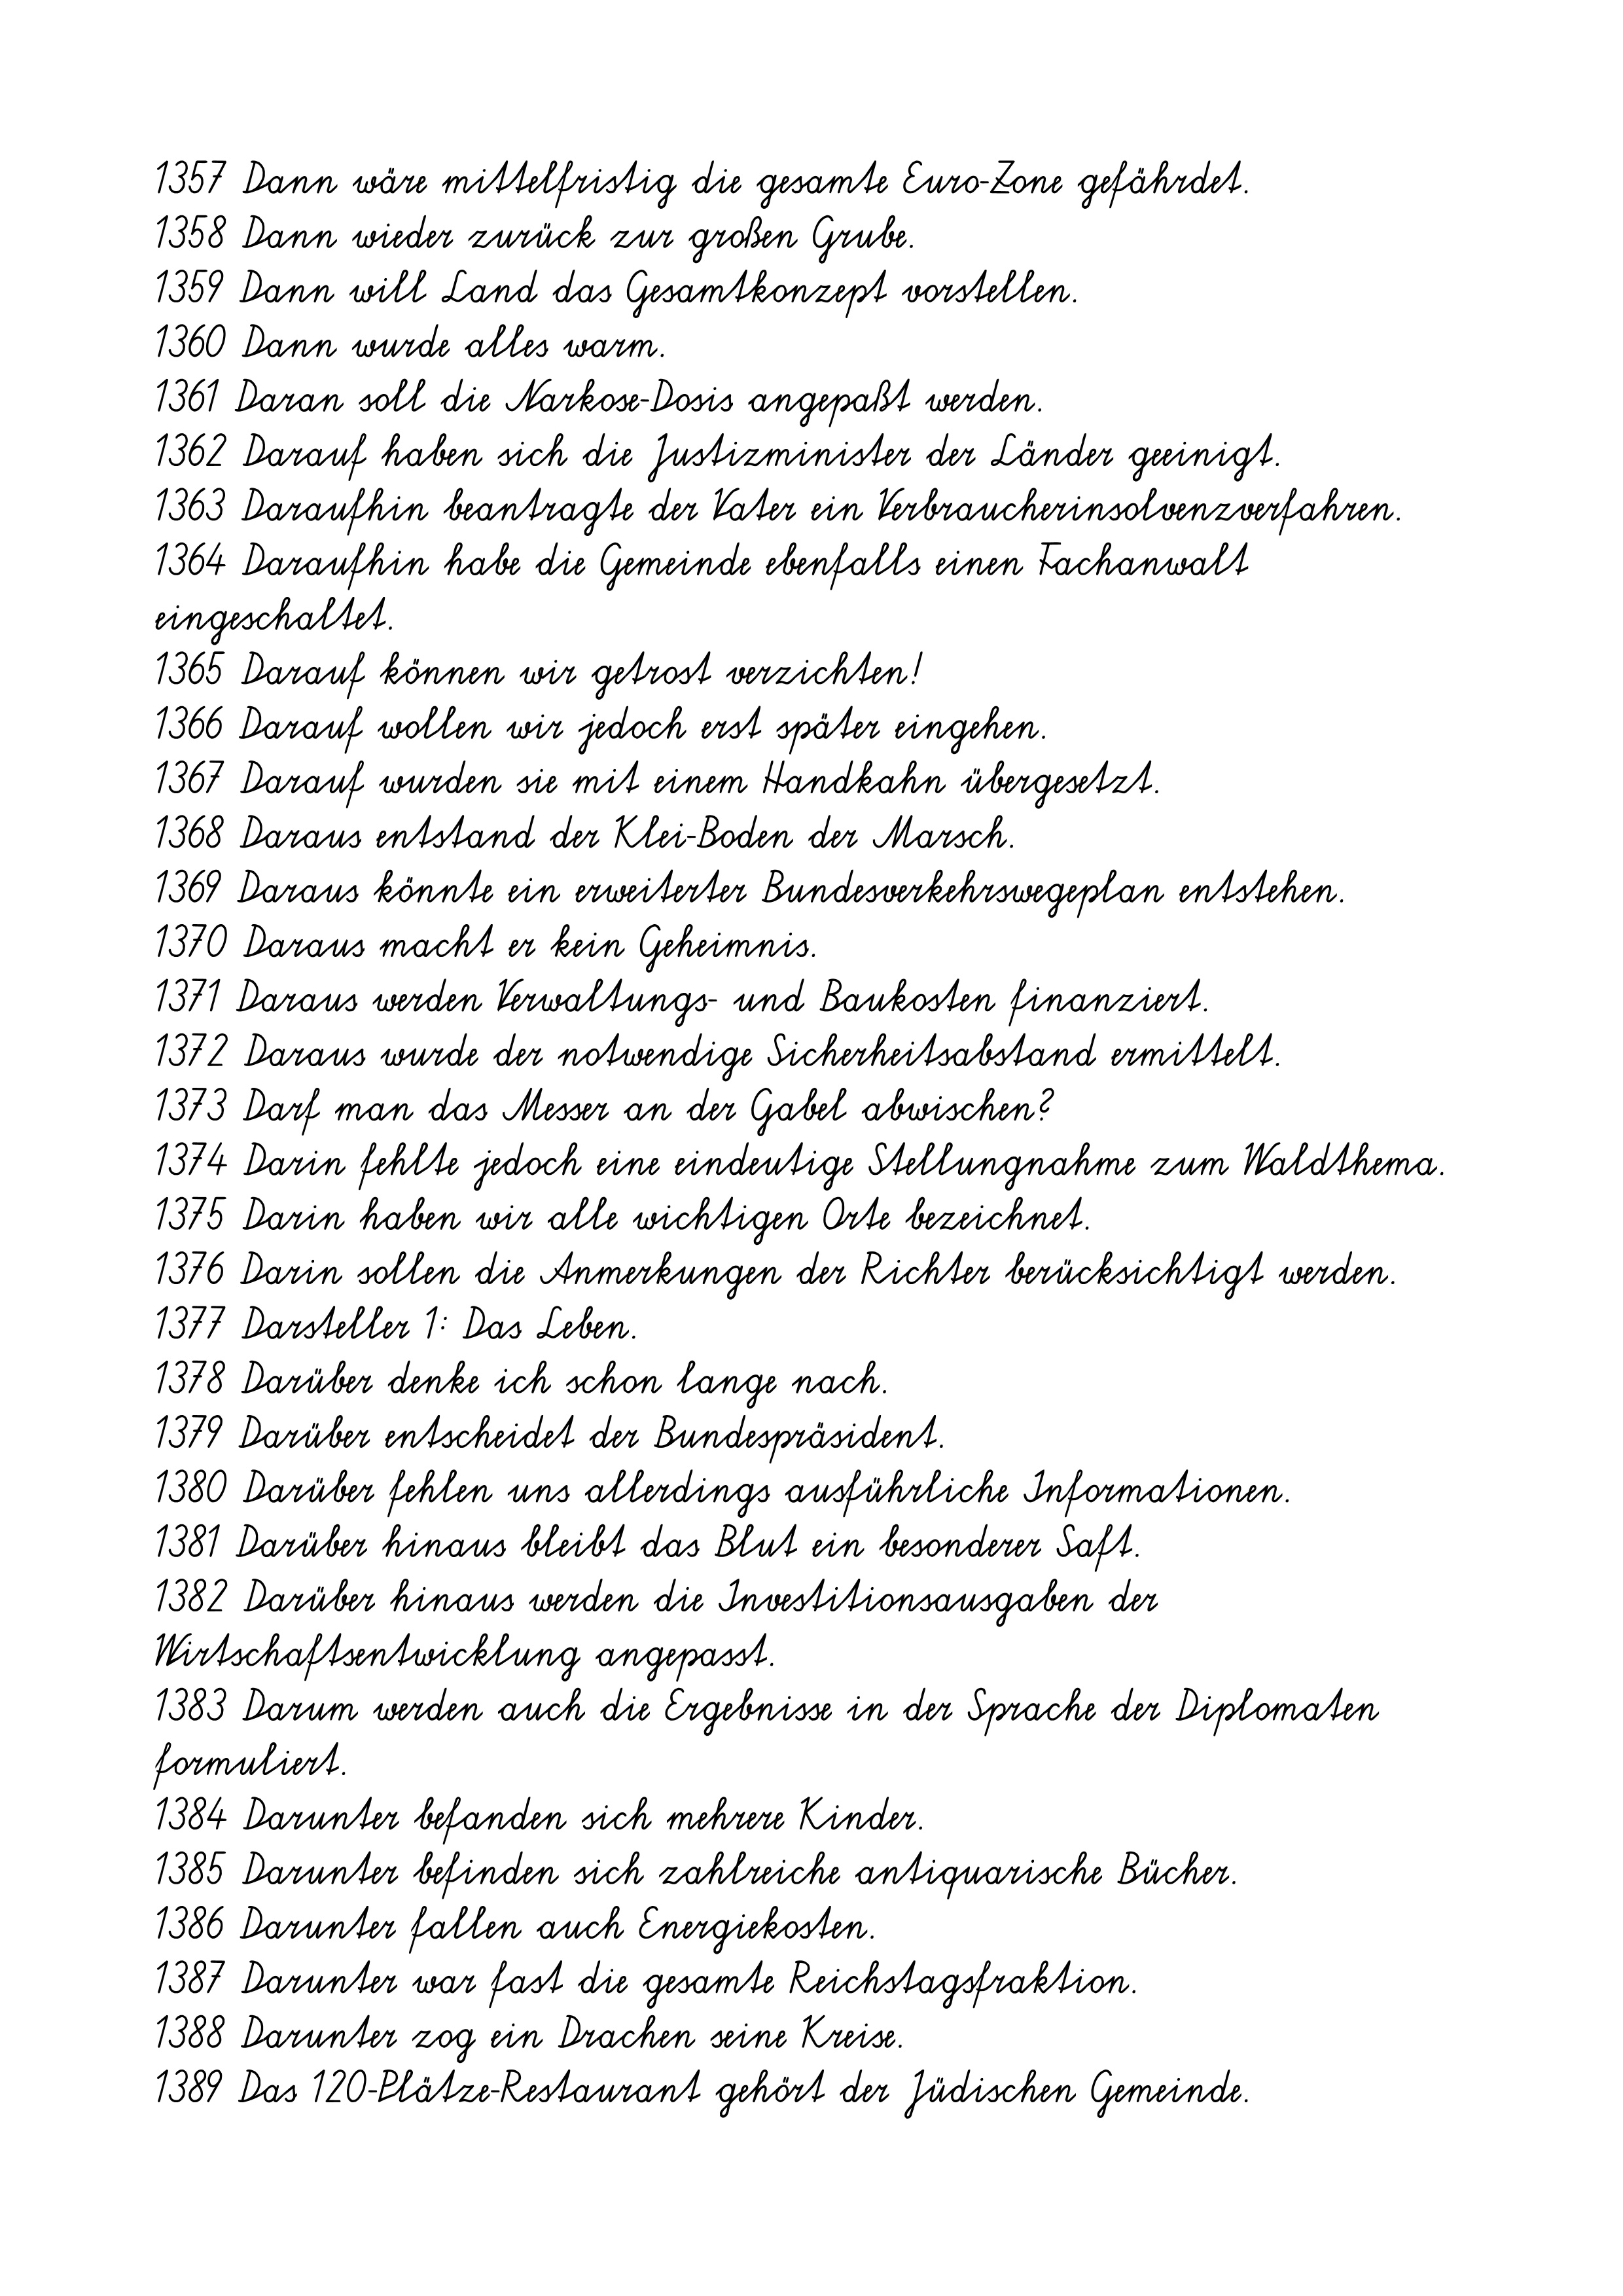
1357 Dann wäre mittelfristig die gesamte Euro-Zone gefährdet.
1358 Dann wieder zurück zur großen Grube.
1359 Dann will Land das Gesamtkonzept vorstellen.
1360 Dann wurde alles warm.
1361 Daran soll die Narkose-Dosis angepaßt werden.
1362 Darauf haben sich die Justizminister der Länder geeinigt.
1363 Daraufhin beantragte der Vater ein Verbraucherinsolvenzverfahren.
1364 Daraufhin habe die Gemeinde ebenfalls einen Fachanwalt
eingeschaltet.
1365 Darauf können wir getrost verzichten!
1366 Darauf wollen wir jedoch erst später eingehen.
1367 Darauf wurden sie mit einem Handkahn übergesetzt.
1368 Daraus entstand der Klei-Boden der Marsch.
1369 Daraus könnte ein erweiterter Bundesverkehrswegeplan entstehen.
1370 Daraus macht er kein Geheimnis.
1371 Daraus werden Verwaltungs- und Baukosten finanziert.
1372 Daraus wurde der notwendige Sicherheitsabstand ermittelt.
1373 Darf man das Messer an der Gabel abwischen?
1374 Darin fehlte jedoch eine eindeutige Stellungnahme zum Waldthema.
1375 Darin haben wir alle wichtigen Orte bezeichnet.
1376 Darin sollen die Anmerkungen der Richter berücksichtigt werden.
1377 Darsteller 1: Das Leben.
1378 Darüber denke ich schon lange nach.
1379 Darüber entscheidet der Bundespräsident.
1380 Darüber fehlen uns allerdings ausführliche Informationen.
1381 Darüber hinaus bleibt das Blut ein besonderer Saft.
1382 Darüber hinaus werden die Investitionsausgaben der
Wirtschaftsentwicklung angepasst.
1383 Darum werden auch die Ergebnisse in der Sprache der Diplomaten
formuliert.
1384 Darunter befanden sich mehrere Kinder.
1385 Darunter befinden sich zahlreiche antiquarische Bücher.
1386 Darunter fallen auch Energiekosten.
1387 Darunter war fast die gesamte Reichstagsfraktion.
1388 Darunter zog ein Drachen seine Kreise.
1389 Das 120-Plätze-Restaurant gehört der Jüdischen Gemeinde.